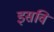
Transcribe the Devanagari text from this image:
इसवि